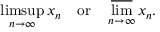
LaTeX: \operatorname* { l i m s u p } _ { n \to \infty } x _ { n } \quad { \mathrm { o r } } \quad \varlimsup _ { n \to \infty } x _ { n } .